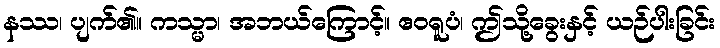
နဿ၊ ပျက်၏။ ကသ္မာ၊ အဘယ်ကြောင့်။ ဧဝရူပံ၊ ဤသို့ခွေးနှင့် ယဉ်ပါးခြင်း